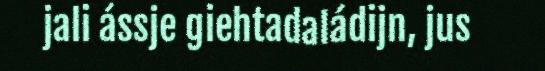
jali ássje giehtadaládijn, jus